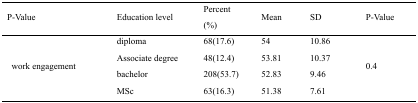
| P-Value | Education level | Percent (%) | Mean | SD | P-Value |
 | --- | --- | --- | --- | --- | --- |
 | <ROWSPAN=4> work engagement | diploma | 68(17.6) | 54 | 10.86 | <ROWSPAN=4> 0.4 |
 | Associate degree | 48(12.4) | 53.81 | 10.37 |
 | bachelor | 208(53.7) | 52.83 | 9.46 |
 | MSc | 63(16.3) | 51.38 | 7.61 |